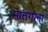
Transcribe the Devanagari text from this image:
मातंगांना